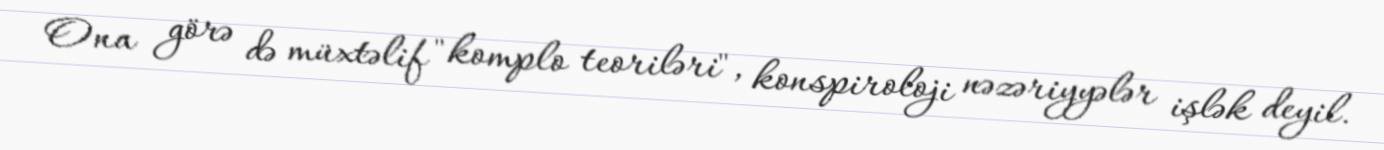
Ona görə də müxtəlif "komplo teoriləri", konspiroloji nəzəriyyələr işlək deyil.